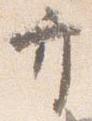
弁